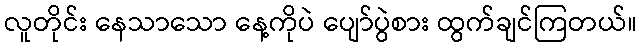
လူတိုင်း နေသာသော နေ့ကိုပဲ ပျော်ပွဲစား ထွက်ချင်ကြတယ်။